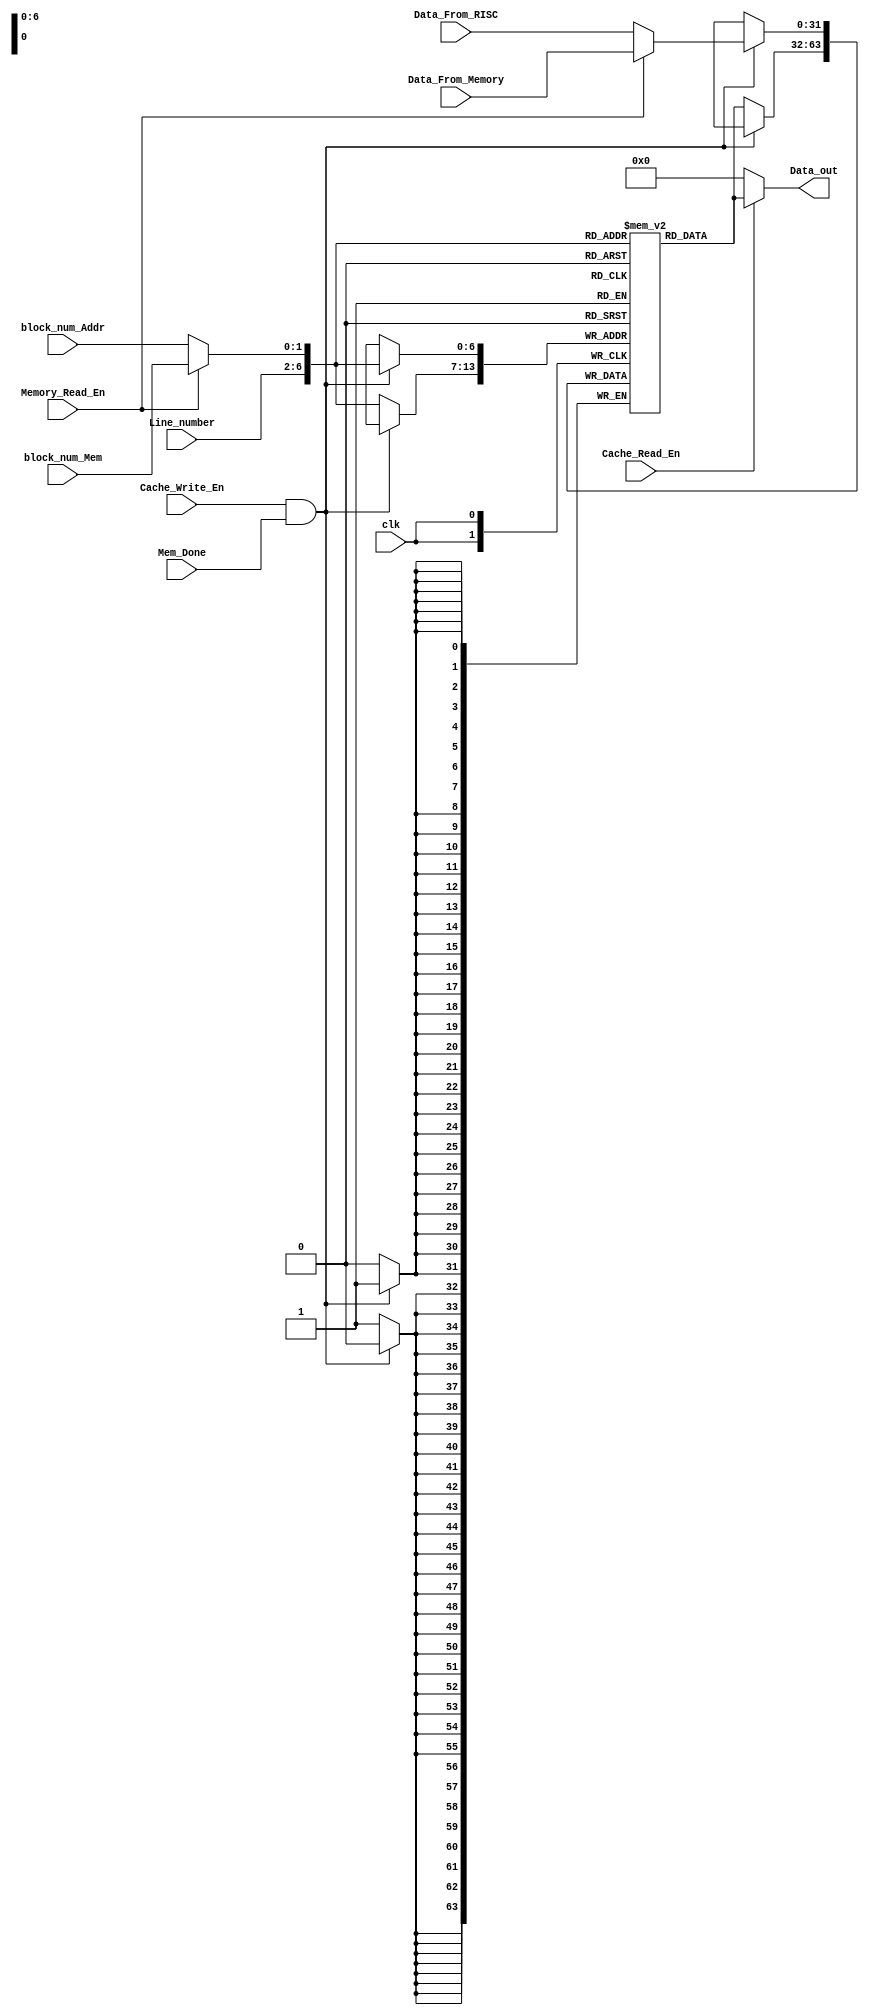
module Cache_Memory (clk, Cache_Read_En, Cache_Write_En, Line_number, block_num_Mem, block_num_Addr, Memory_Read_En, Data_From_RISC, Data_From_Memory, Mem_Done, Data_out);
//ports declarations
input clk, Cache_Read_En, Cache_Write_En, Memory_Read_En, Mem_Done;
input [1:0] block_num_Mem, block_num_Addr;
input [4:0] Line_number;
input [31:0] Data_From_RISC, Data_From_Memory;
output [31:0] Data_out;

wire [31:0] Data_in;
wire [1:0] block_num;
wire [6:0] Addr;
reg [31:0] cache_ram [127:0];

assign Addr = {Line_number, block_num};
assign Data_in = (Memory_Read_En == 1'b1)? Data_From_Memory : Data_From_RISC;
assign block_num = (Memory_Read_En == 1'b1)? block_num_Mem : block_num_Addr;

assign Data_out = (Cache_Read_En == 1'b1)? cache_ram[Addr] : 32'h0000_0000;

always @(negedge clk) begin
    if (Cache_Write_En == 1'b1 && Mem_Done == 1'b1)
        cache_ram[Addr] <= Data_in;
    else 
        cache_ram[Addr] <= cache_ram[Addr];
end
endmodule